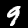
Digit: 9